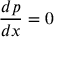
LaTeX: { \frac { d p } { d x } } = 0